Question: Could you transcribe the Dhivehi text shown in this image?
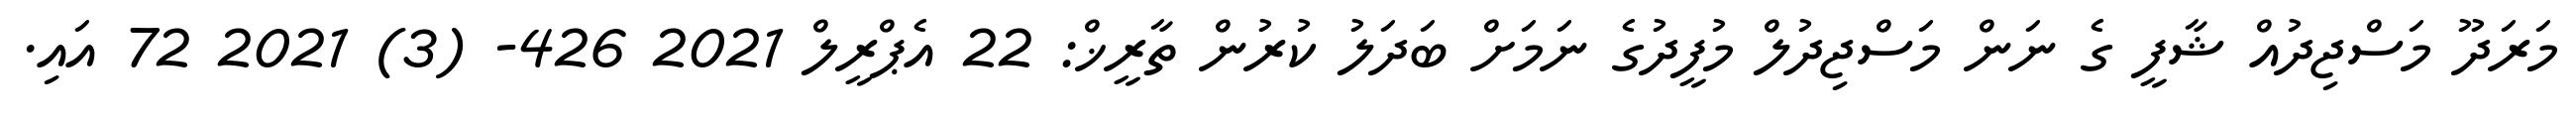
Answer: މަރަދޫ މަސްޖިދުއް ޝާފީ ގެ ނަން މަސްޖިދުލް މުފީދުގެ ނަމަށް ބަދަލު ކުރުން ތާރީޚް: 22 އެޕްރީލް 2021 426- (3) 2021 72 އައި.